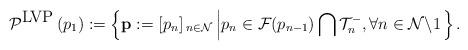
LaTeX: \begin{align*}\mathcal{P}^{\mbox{LVP}}\left(p_{1}\right):=\left\{ \mathbf{p}:=\left[p_{n}\right]{}_{n\in\mathcal{N}}\left|p_{n}\in\mathcal{F}(p_{n-1})\bigcap\mathcal{T}_{n}^{-},\forall n\in\mathcal{N}\backslash{1}\right.\right\} .\end{align*}